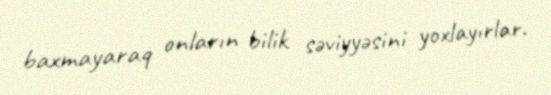
baxmayaraq onların bilik səviyyəsini yoxlayırlar.